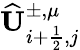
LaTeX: \widehat{\mathbf{U}}_{i+\frac{1}{2},j}^{\pm,\mu}